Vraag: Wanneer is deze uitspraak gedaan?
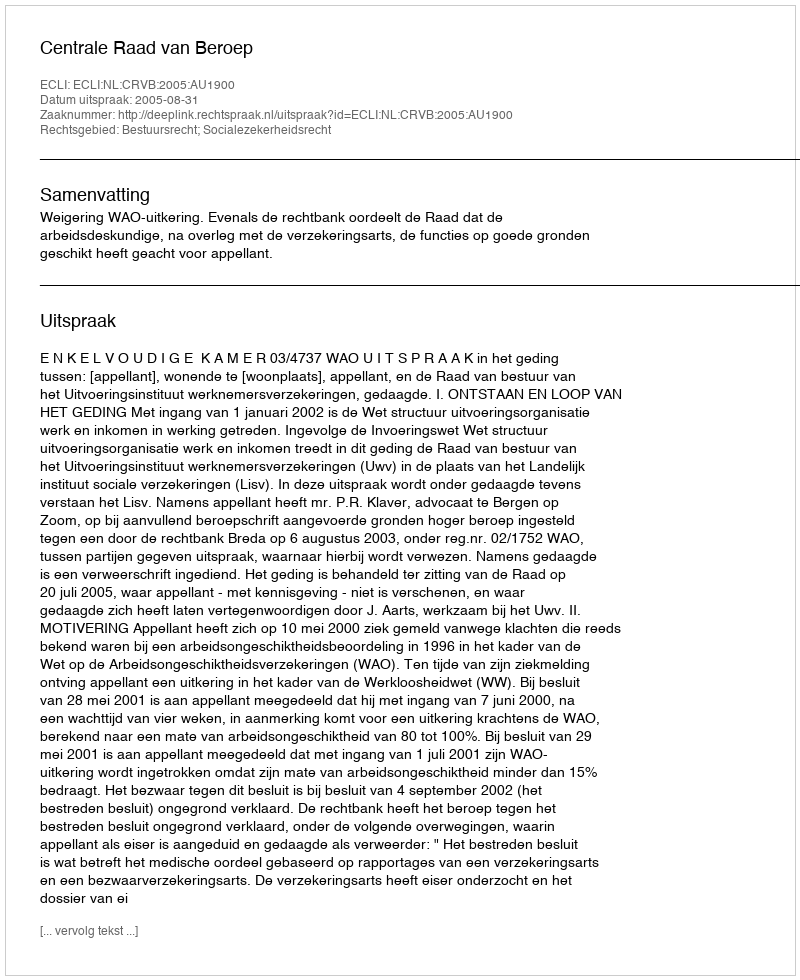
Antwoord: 2005-08-31